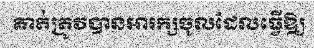
គាត់ត្រូវបានអារក្សចូលដែលធ្វើឱ្យ